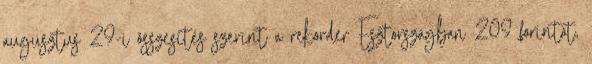
augusztus 29-i összesítés szerint a rekorder Észtországban 209 forintot,